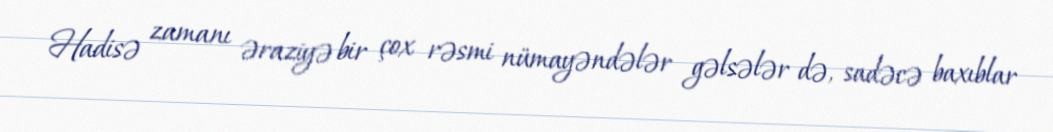
Hadisə zamanı əraziyə bir çox rəsmi nümayəndələr gəlsələr də, sadəcə baxıblar